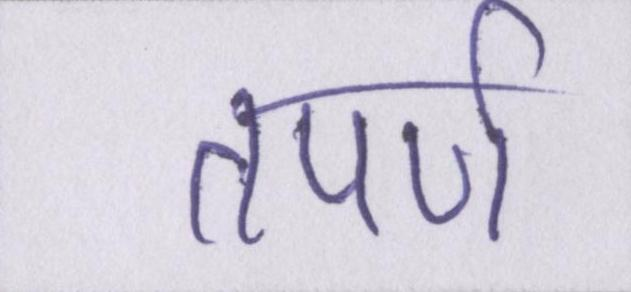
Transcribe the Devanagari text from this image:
तपर्ण